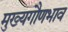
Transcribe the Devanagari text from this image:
मुख्यगौणभाव